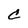
Character: c